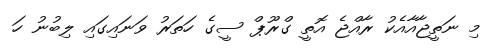
މި ނަތީޖާއާއެކު ރާއްޖެ އޮތީ ގްރޫޕް ސީގެ ހަތަރު ވަނައިގައި ލިބުނު ހަ